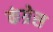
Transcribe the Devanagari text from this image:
कंग्रेस